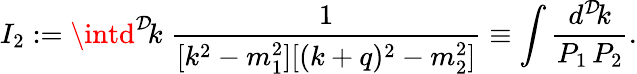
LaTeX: I_{2}:=\intd^{\mathcal{D}}\! k\; \frac{{1}}{{[k^{2}-m_{1}^{2}][(k+q)^{2}-m_{2}^{2}]}}\equiv\int\frac{{d^{\mathcal{D}}\! k}}{{P_{1}\, P_{2}}}.